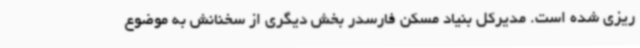
ریزی شده است. مدیرکل بنیاد مسکن فارسدر بخش دیگری از سخنانش به موضوع